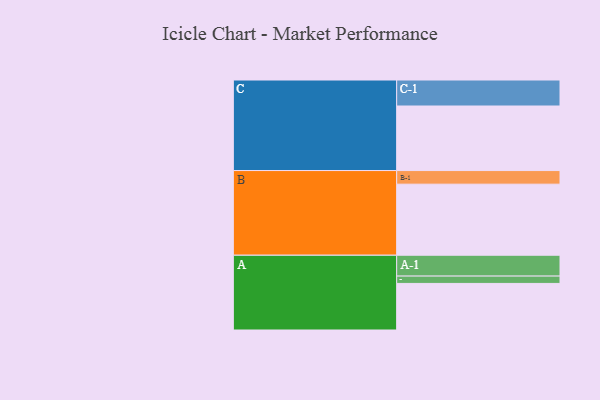
{"axis": {"x": "Segment", "y": "Value"}, "legend": ["", "A", "B", "C"], "data": [{"x": "A", "y": 342, "type": ""}, {"x": "B", "y": 522, "type": ""}, {"x": "C", "y": 474, "type": ""}, {"x": "A-1", "y": 153, "type": "A"}, {"x": "A-2", "y": 54, "type": "A"}, {"x": "B-1", "y": 100, "type": "B"}, {"x": "C-1", "y": 191, "type": "C"}]}